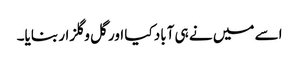
اسے میں نے ہی آباد کیا اور گل و گلزار بنایا۔